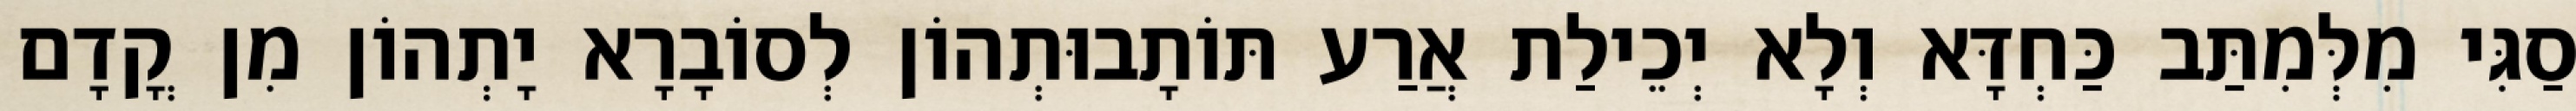
סַגִּי מִלְּמִתַּב כַּחְדָּא וְלָא יְכֵילַת אֲרַע תּוֹתָבוּתְהוֹן לְסוֹבָרָא יָתְהוֹן מִן קֳדָם